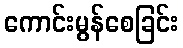
ကောင်းမွန်စေခြင်း